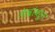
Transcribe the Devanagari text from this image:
लेखांवरुन